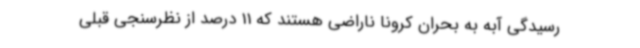
رسیدگی آبه به بحران کرونا ناراضی هستند که 11 درصد از نظرسنجی قبلی